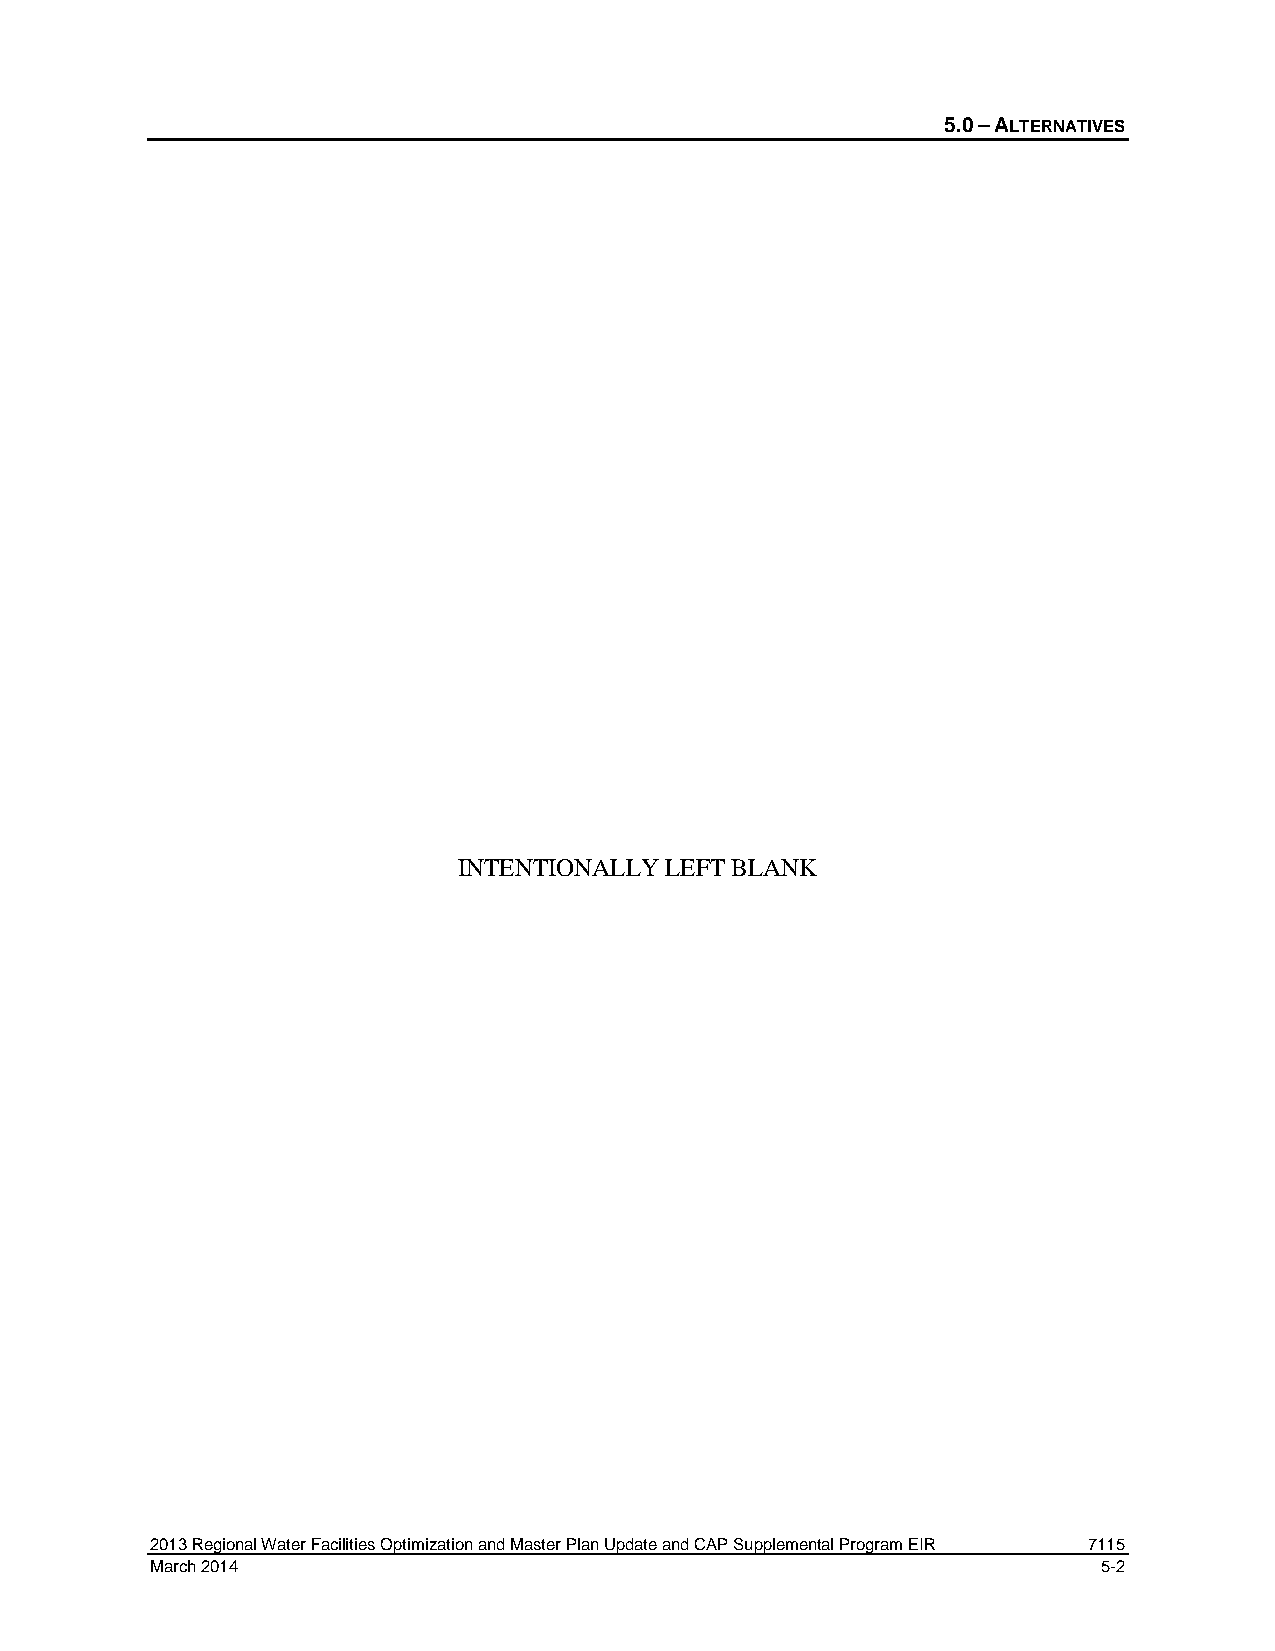
5.0 – ALTERNATIVES
 INTENTIONALLY LEFT BLANK
 2013 Regional Water Facilities Optimization and Master Plan Update and CAP Supplemental Program EIR 7115
 March 2014                                                     5-2